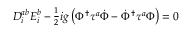
D _ { i } ^ { a b } E _ { i } ^ { b } - { \textstyle { \frac { 1 } { 2 } } } i g \left( \Phi ^ { \dagger } \tau ^ { a } \dot { \Phi } - \dot { \Phi } ^ { \dagger } \tau ^ { a } \Phi \right) = 0